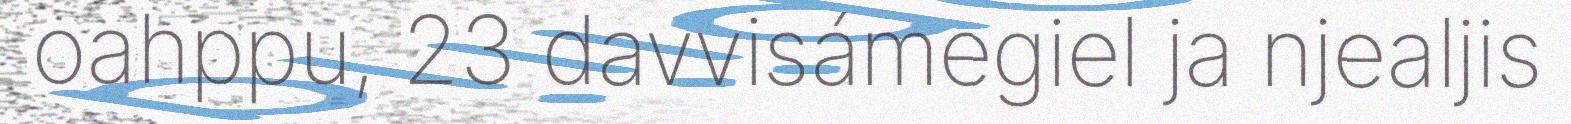
oahppu, 23 davvisámegiel ja njealjis